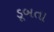
ડૂબતા